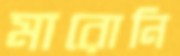
মারোনি